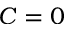
C = 0